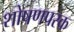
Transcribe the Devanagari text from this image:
शोषणपरक